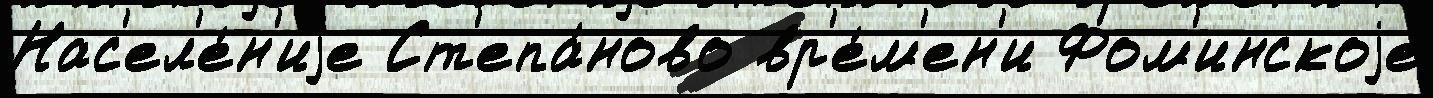
Нас'ел'е́н'иjе Ст'епа́ново вр'е́м'ен'и Фом'инскоjе